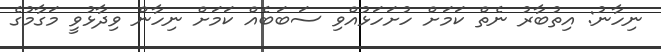
ނިހާނު: އިތުބާރު ނެތް ކަމަށް ހުށަހަޅުއްވި ސަބަބެއް ކަމަށް ނިހާން ވިދާޅުވީ މަގާމުގެ